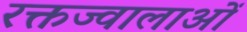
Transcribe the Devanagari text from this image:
रक्तज्वालाओं